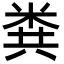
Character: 粪